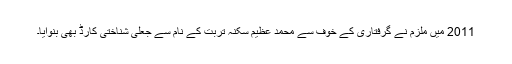
2011 میں ملزم نے گرفتاری کے خوف سے محمد عظیم سکنہ تربت کے نام سے جعلی شناختی کارڈ بھی بنوایا۔